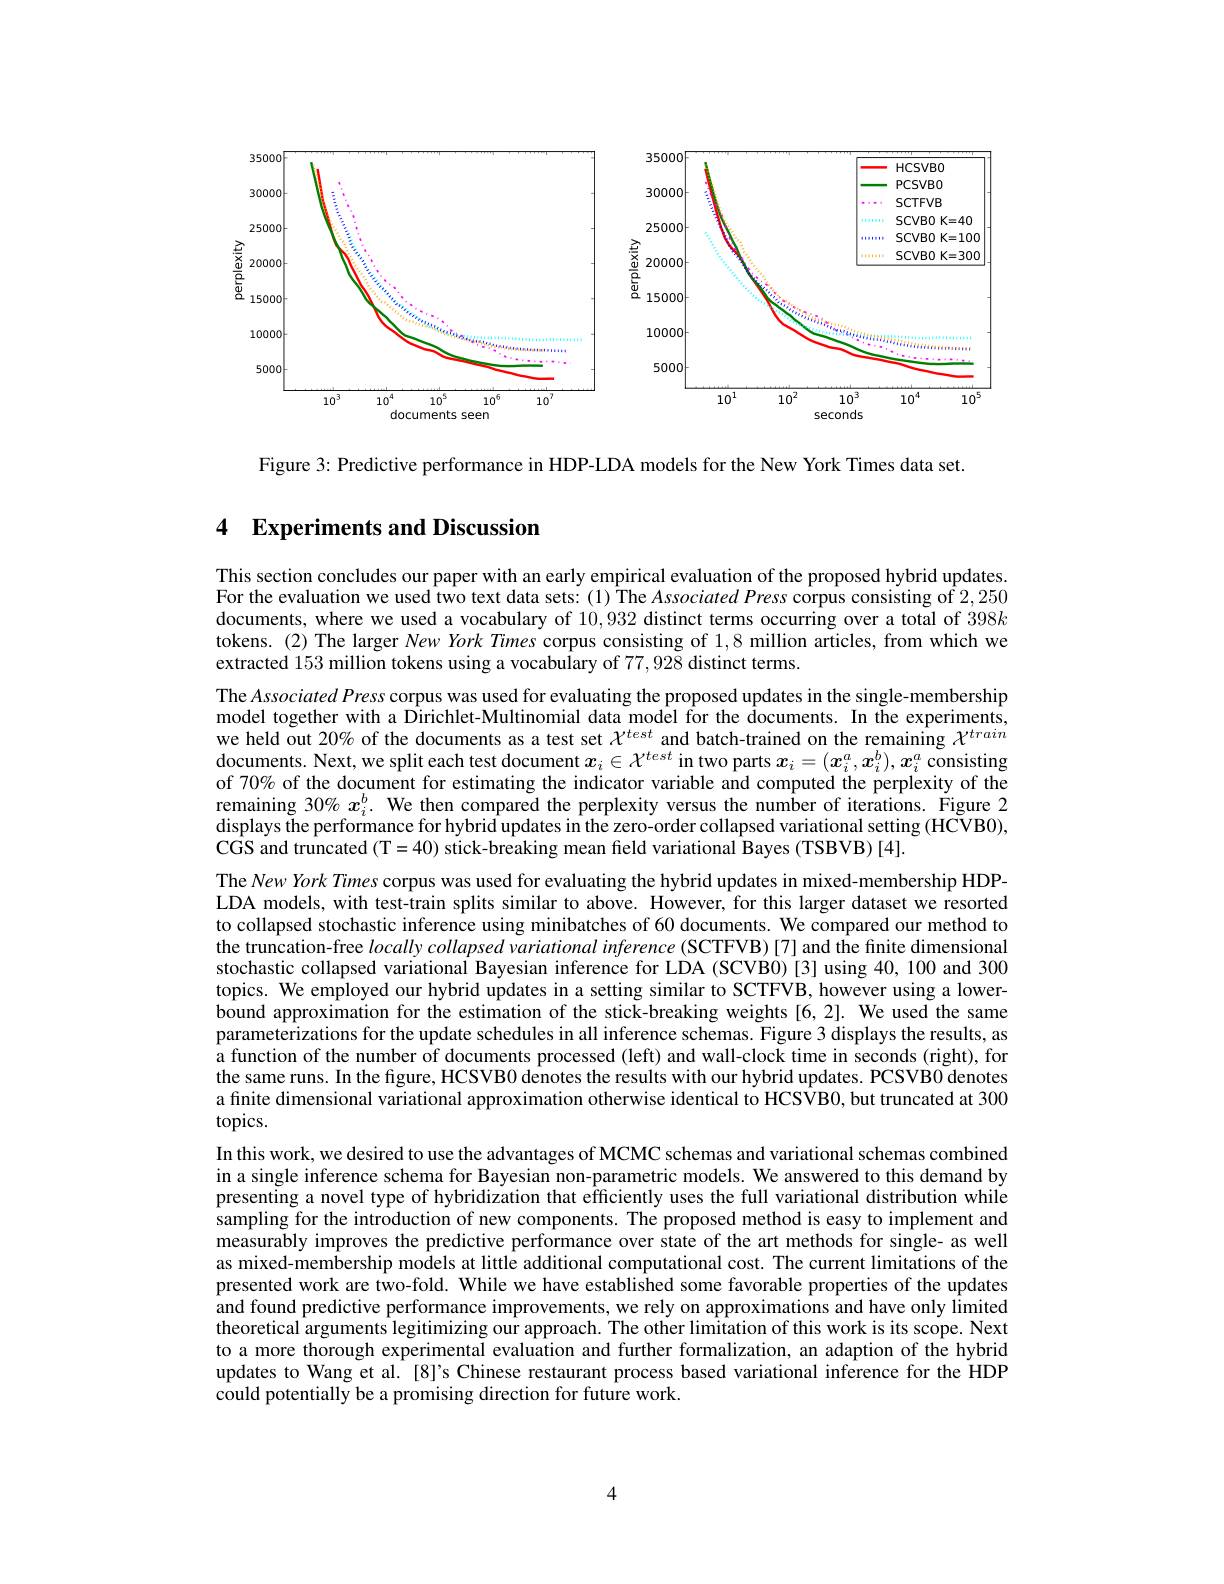
<FigureHere>

Figure 3: Predictive performance in HDP-LDA models for the New York Times data set.

### 4 Experiments and Discussion

This section concludes our paper with an early empirical evaluation of the proposed hybrid updates For the evaluation we used two text data sets: (1) ÎThe Associated Press corpus consisting of 2,250 documents, where we used a vocabulary of 10,932 distinct terms occurring over a total of $398k$ tokens.(2) The larger $New\textit{York Times corpus consisting of }1, 8$ million articles, from which we extracted 153 million tokens using a vocabulary of 77,928 distinct terms.
The Associated Press corpus was used for evaluating the proposed updates in the single-membership model together with a Dirichlet-Multinomial data model for the documents. In the experiments, we held out 20% of the documents as a test set $\chi^{test}$ and batch-trained on the remaining $\chi^{train}$ documents. Next, we split each test document $x_i\in\mathcal{X}^{test}$ in two parts $x_i=(x_i^a,x_i^b),x_i^a$ consisting of 70% of the document for estimating the indicator variable and computed the perplexity of the remaining 30% $x_i^b.$ We then compared the perplexity versus the number of iterations. Figure 2 displays the performance for hybrid updates in the zero-order collapsed variational setting (HCVB0), CGS and truncated (T=40) stick-breaking mean field variational Bayes (TSBVB)[4].
The New York Times corpus was used for evaluating the hybrid updates in mixed-membership HDPLDA models, with test-train splits similar to above. However, for this larger dataset we resorted to collapsed stochastic inference using minibatches of 60 documents. We compared our method to the truncation-free $locally\textit{collapsed variational inference ( SCTFVB) [ 7] and the finite dimensional}$ stochastic collapsed variational Bayesian inference for LDA (SCVB0)[3] using 40,100 and 300 topics. We employed our hybrid updates in a setting similar to SCTFVB, however using a lowerbound approximation for the estimation of the stick-breaking weights[6,2]. We used the same parameterizations for the update schedules in all inference schemas. Figure 3 displays the results, as a function of the number of documents processed (left) and wall-clock time in seconds (right), for the same runs. In the figure, HCSVB0 denotes the results with our hybrid updates. PCSVB0 denotes a finite dimensional variational approximation otherwise identical to HCSVB0, but truncated at 300 topics.
In this work, we desired to use the advantages of MCMC schemas and variational schemas combined in a single inference schema for Bayesian non-parametric models. We answered to this demand by presenting a novel type of hybridization that efficiently uses the full variational distribution while sampling for the introduction of new components. The proposed method is easy to implement and measurably improves the predictive performance over state of the art methods for single- as well as mixed-membership models at little additional computational cost. The current limitations of the presented work are two-fold. While we have established some favorable properties of the updates and found predictive performance improvements, we rely on approximations and have only limited theoretical arguments legitimizing our approach. The other limitation of this work is its scope. Next to a more thorough experimental evaluation and further formalization, an adaption of the hybrid updates to Wang et al. [8]'s Chinese restaurant process based variational inference for the HDP could potentially be a promising direction for future work.

4